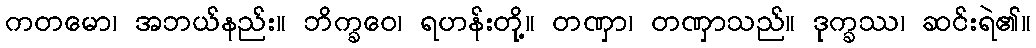
ကတမော၊ အဘယ်နည်း။ ဘိက္ခဝေ၊ ရဟန်းတို့။ တဏှာ၊ တဏှာသည်။ ဒုက္ခဿ၊ ဆင်းရဲ၏။